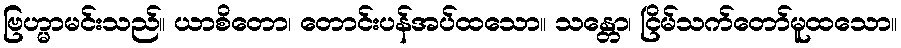
ဗြဟ္မာမင်းသည်။ ယာစိတော၊ တောင်းပန်အပ်ထသော။ သန္တော၊ ငြိမ်သက်တော်မူထသော။